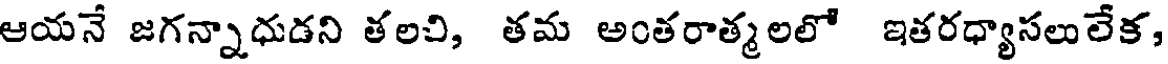
ఆయనే జగన్నాధుడని తలచి, తమ అంతరాత్మలలో ఇతరధ్యాసలులేక,